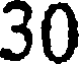
30